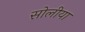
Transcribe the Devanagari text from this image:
सोलीया